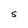
Character: S